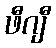
ဖီဂျီ